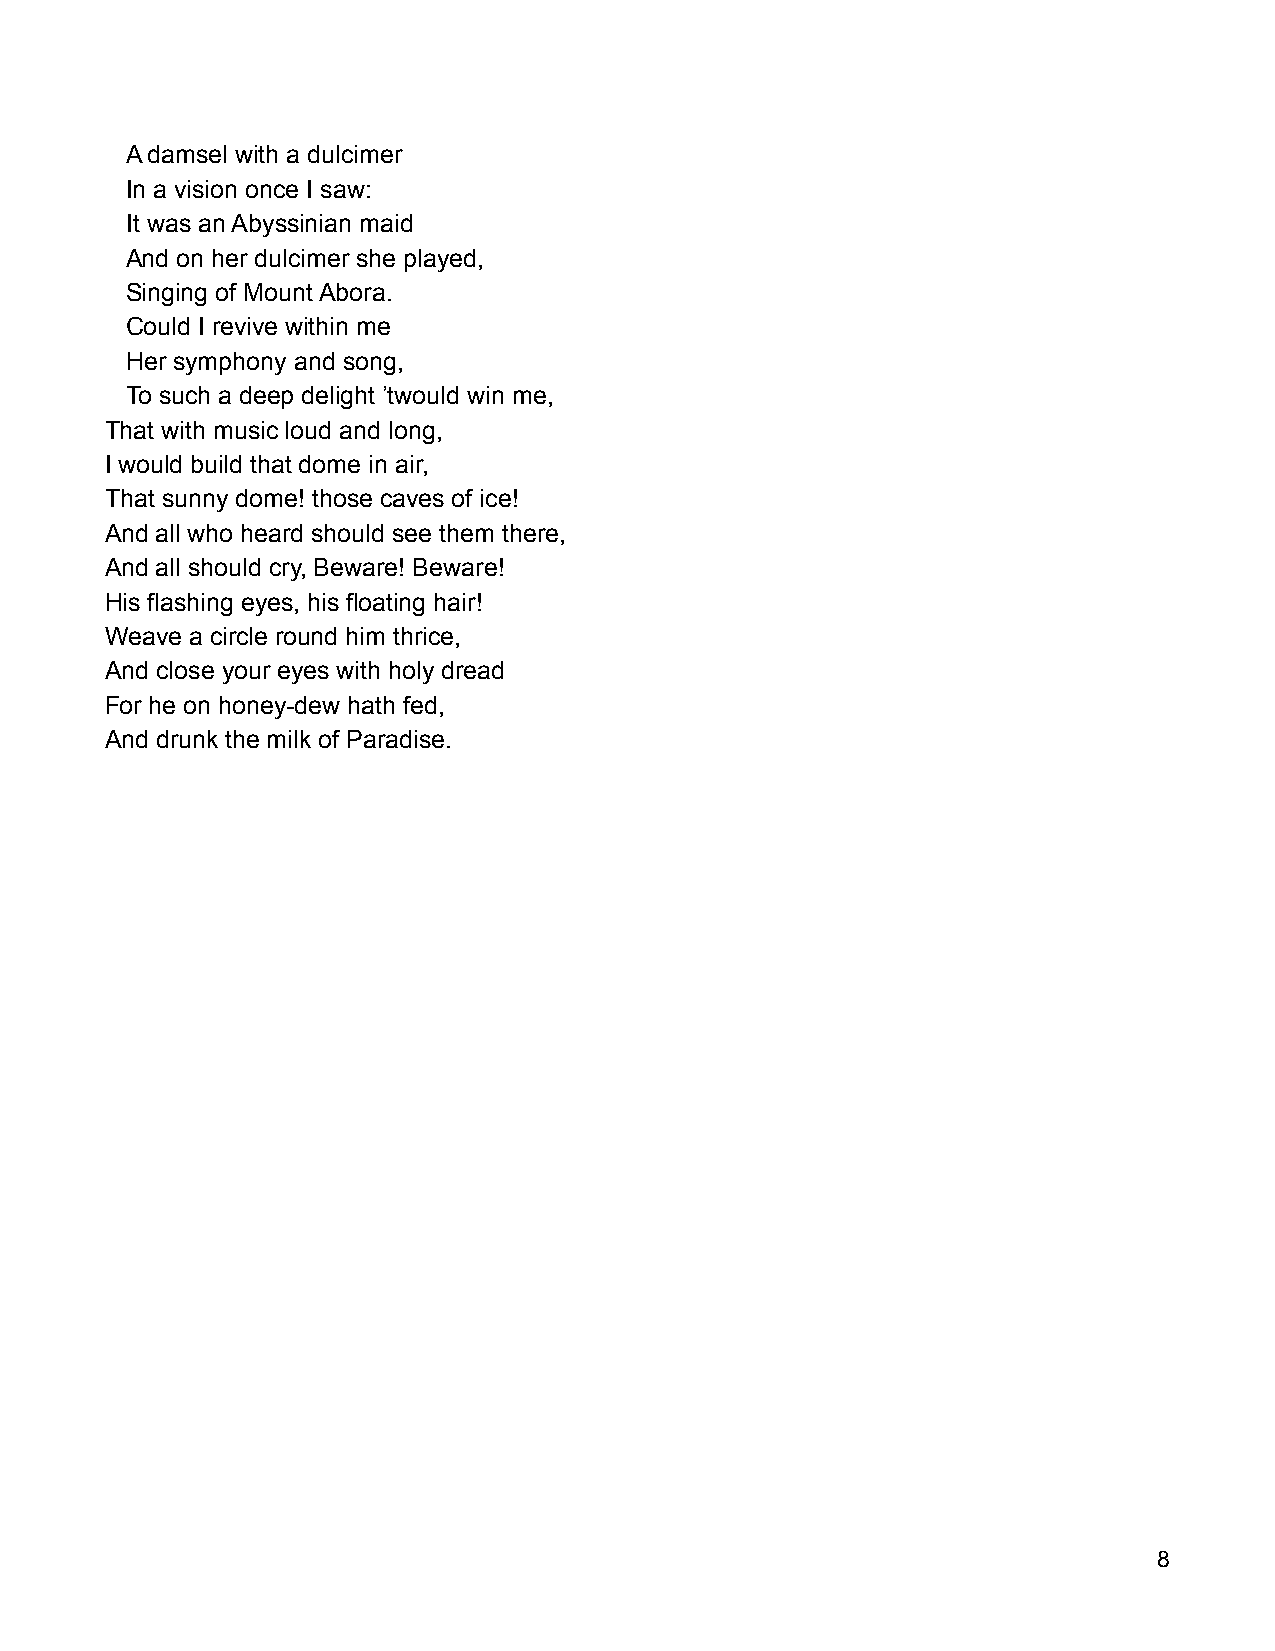
A damsel with a dulcimer
 In a vision once I saw:
 It was an Abyssinian maid
 And on her dulcimer she played,
 Singing of Mount Abora.
 Could I revive within me
 Her symphony and song,
 To such a deep delight ’twould win me,
 That with music loud and long,
 I would build that dome in air,
 That sunny dome! those caves of ice!
 And all who heard should see them there,
 And all should cry, Beware! Beware!
 His flashing eyes, his floating hair!
 Weave a circle round him thrice,
 And close your eyes with holy dread
 For he on honey-dew hath fed,
 And drunk the milk of Paradise.
 8